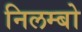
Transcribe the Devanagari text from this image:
निलम्‍बो